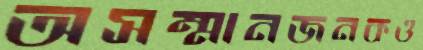
অসম্মানজনকও